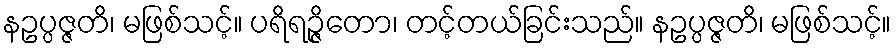
နဥပ္ပဇ္ဇတိ၊ မဖြစ်သင့်။ ပရိရဉ္ဇိတော၊ တင့်တယ်ခြင်းသည်။ နဥပ္ပဇ္ဇတိ၊ မဖြစ်သင့်။